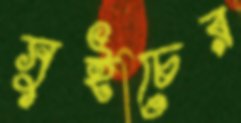
সুইচের